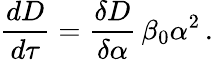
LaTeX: {\frac{dD}{d\tau}}={\frac{\delta D}{\delta\alpha}}\, \beta_{0}\alpha^{2}\, .